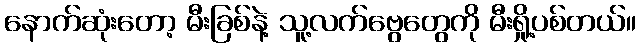
နောက်ဆုံးတော့ မီးခြစ်နဲ့ သူ့လက်ဗွေတွေကို မီးရှို့ပစ်တယ်။